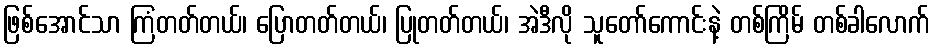
ဖြစ်အောင်သာ ကြံတတ်တယ်၊ ပြောတတ်တယ်၊ ပြုတတ်တယ်၊ အဲဒီလို သူတော်ကောင်းနဲ့ တစ်ကြိမ် တစ်ခါလောက်